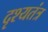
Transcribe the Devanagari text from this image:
दृश्यतंत्र